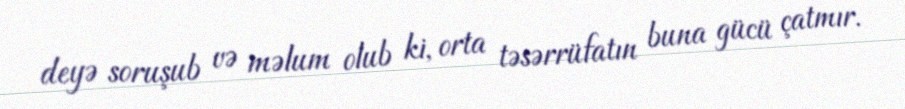
deyə soruşub və məlum olub ki, orta təsərrüfatın buna gücü çatmır.